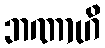
ဘဏာဟိ